Leningradi_Edasi_toimetus, lk 204
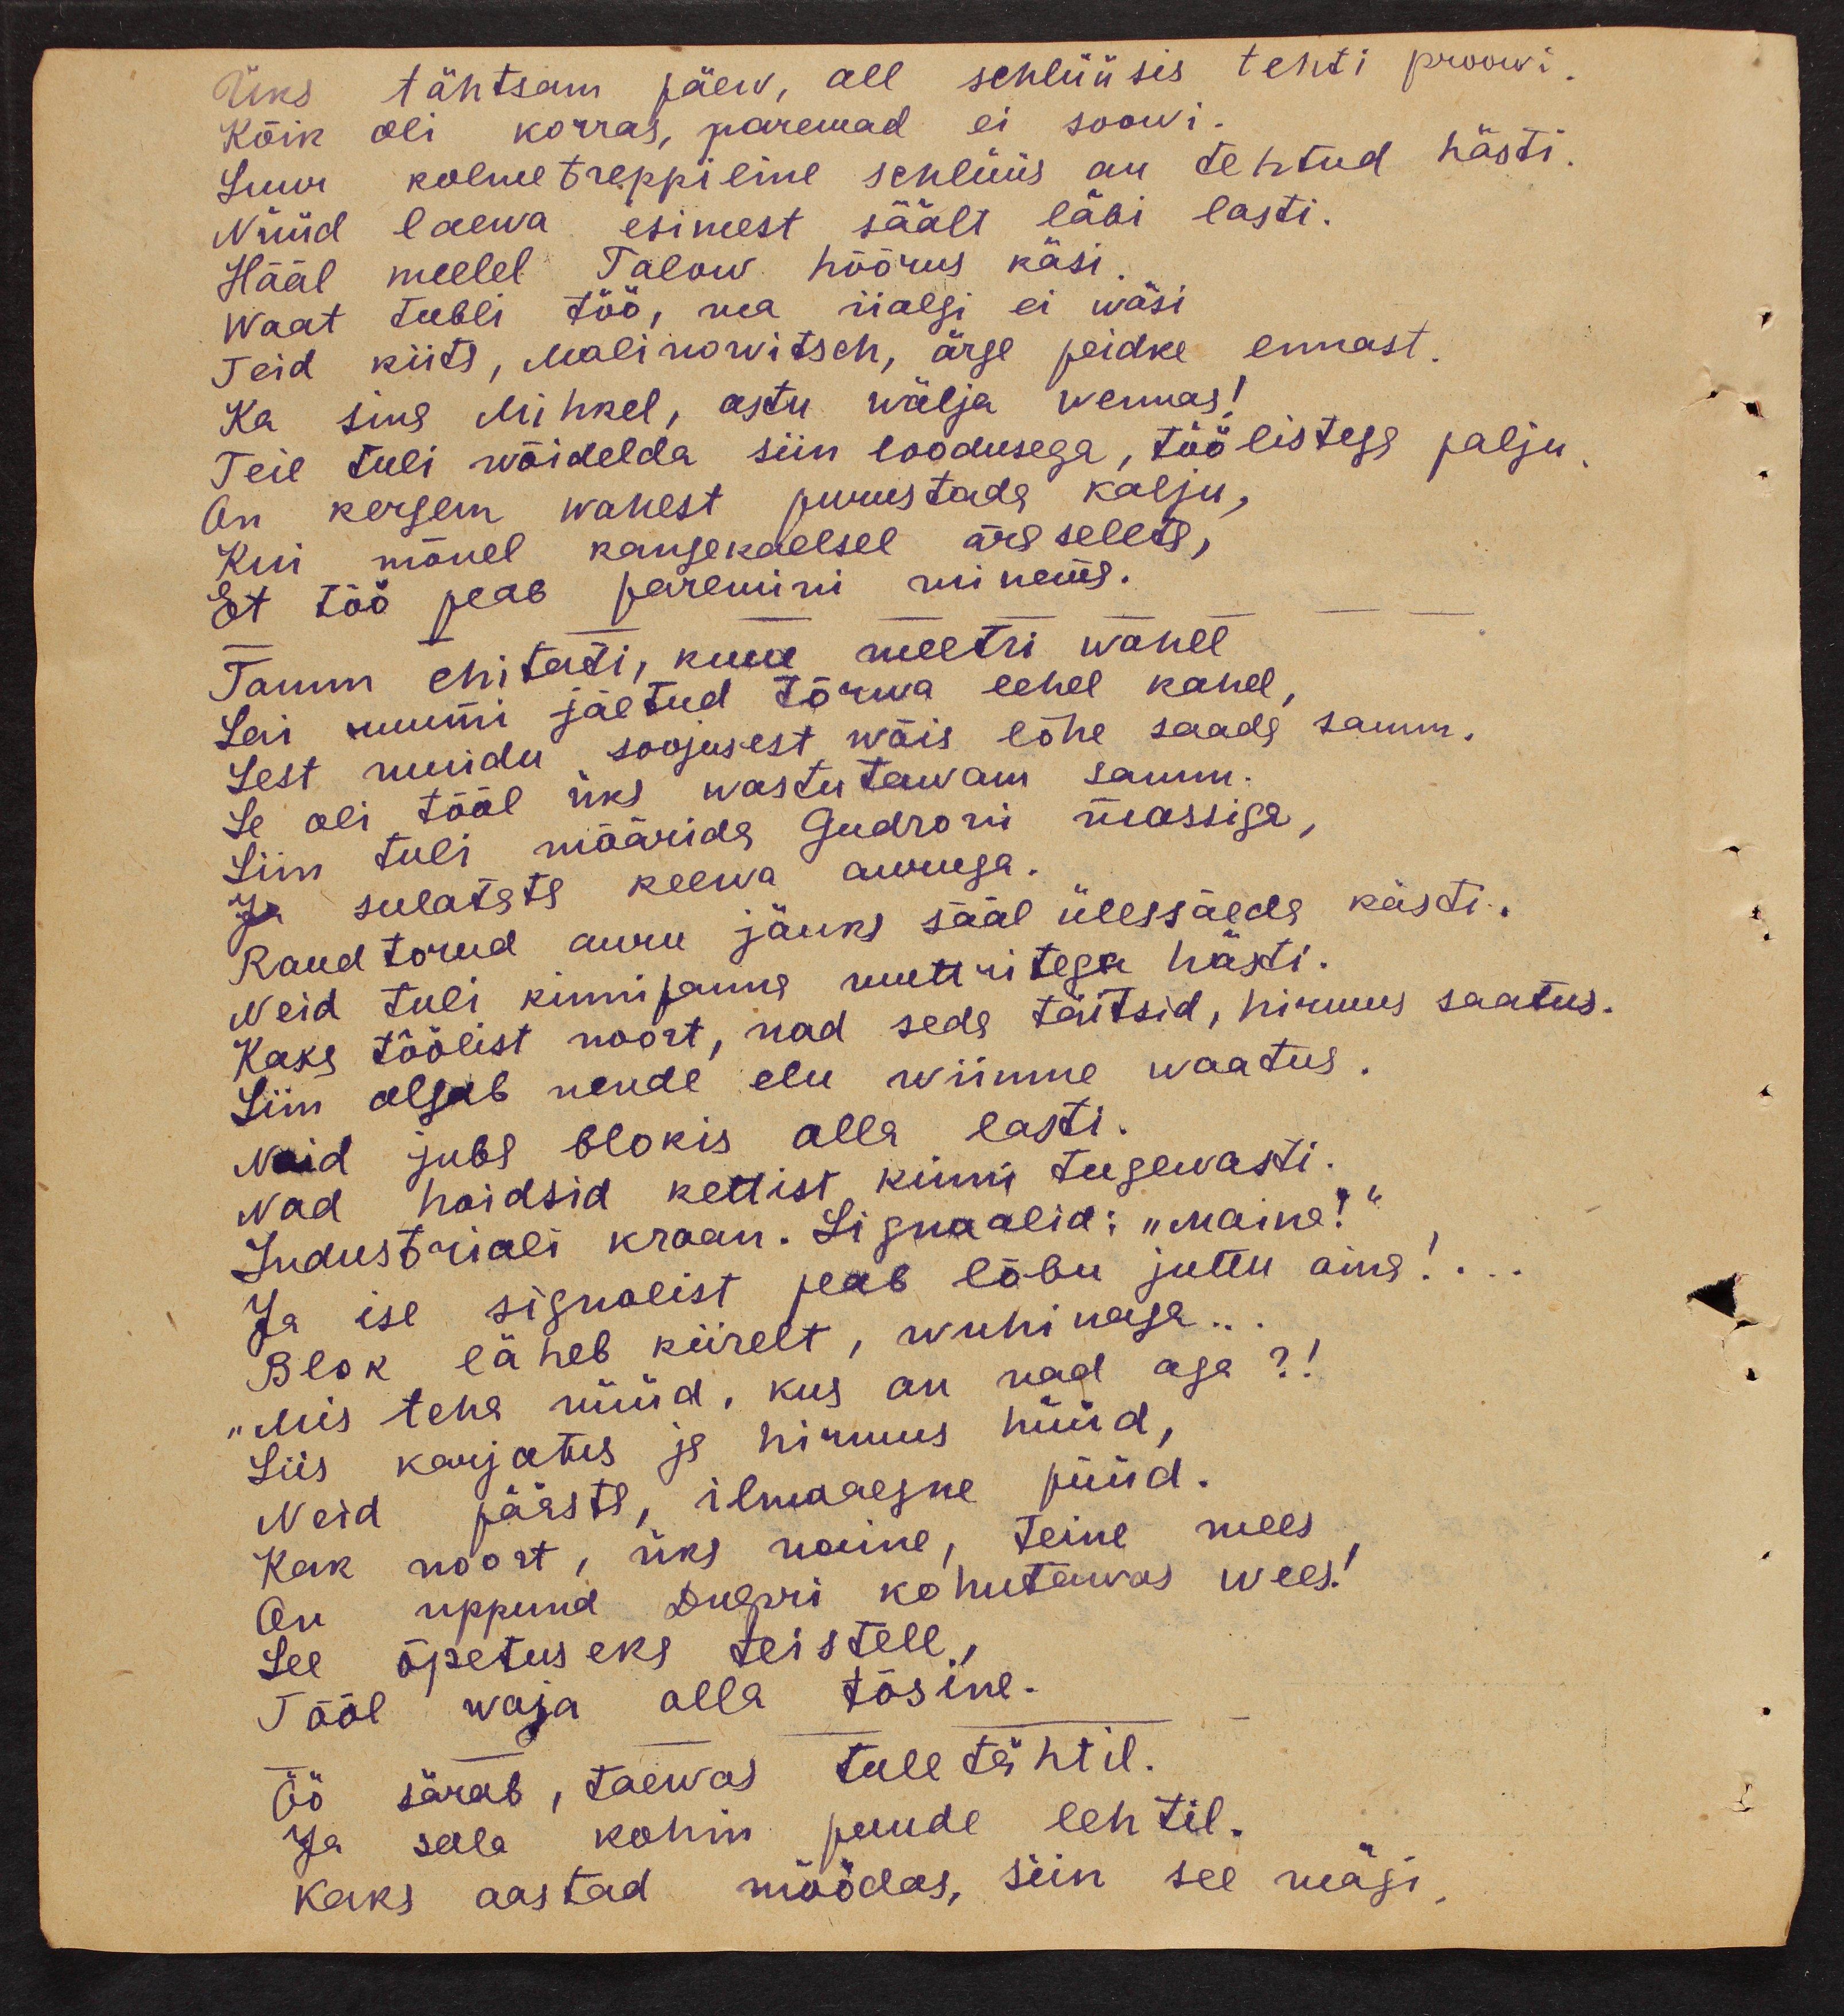
Üks tähtsam päew, all schlüüsis tehti proovi,
Kõik oli korras, paremad ei soovi.
Suur kolmetreppiline schlüüs on tehtud hästi.
Nüüd laewa esimest säält läbi lasti.
Hääl meelel Talow hõõrus käsi
waat tubli töö, ma iialgi ei wäsi
Teid kiita, Malinowitsch, ärge peidke ennast.
Ka sina Mihkel, astu wälja wennas!
Teie tuli wõidelda siin loodusega, töölistega palju
On kergem wahest purustada kalju,
Kui mõnel kangekaelsel ära seleta,
Et töö peab paremini minema.
Tamm ehitati, kuue meetri wahel
Lai ruumi jäetud tõrwa lehel kahel,
Sest muidu soojusest wõis lõhe saada samm.
Se oli tööl üks wastutawam samm.
Siin tuli määrida Gudroni massiga,
Ja sulatata keewa auruga.
Raud torud auru jäuks sääl ülessäeda kästi.
Neid tuli kinnipanna muttritega hästi.
Kaks töölist noort, nad seda täitsid, hirmus saatus.
Siin algab nende elu wiimne waatus.
Neid juba blokis alla lasti.
Nad hoidsid kettist kinni tugewasti.
Industriali kraan. Signaalid: "Maina!"
Ja ise signalist peab lõbu juttu aina!..
Blok läheb kiirelt, wuhinaga...
"Mis teha nüüd, kus on nad aga?!
Siis karjatus ja hirmus hüüd,
Neid päästa, ilmaaegne püüd.
Kak noort, üks naine, teine mees
On uppund Dnepri kohutawas wees!
See õpetuseks teistele
Tööl waja olla tõsine.
Öö särab, taewas tule tähtil.
Ja sala kohin puude lehtil.
kaks aastad möödas, siin see mägi